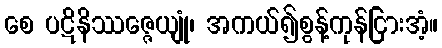
စေ ပဋိနိဿဇ္ဇေယျုံ၊ အကယ်၍စွန့်ကုန်ငြားအံ့။